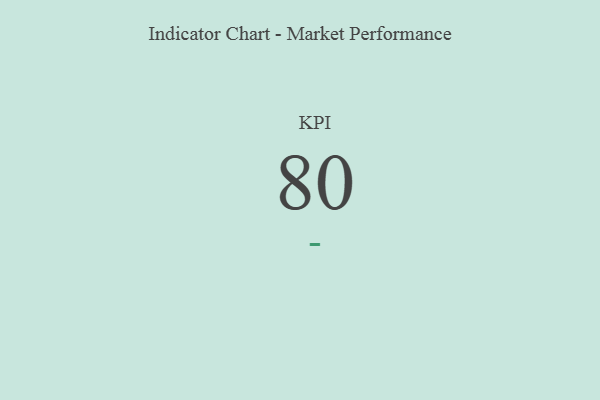
{"axis": {"x": "KPI", "y": "Value"}, "legend": [""], "data": [{"x": "KPI", "y": 80, "type": ""}]}